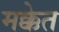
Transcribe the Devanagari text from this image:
मक्केत